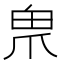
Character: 𤰲